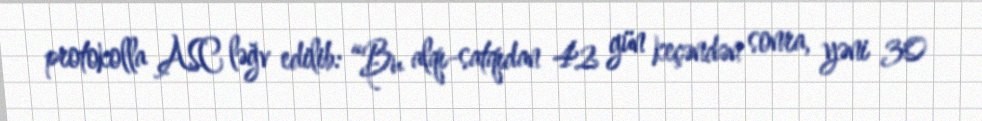
protokolla ASC ləğv edilib: “Bu alqı-satqıdan 42 gün keçəndən sonra, yəni 30